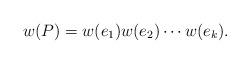
LaTeX: \begin{align*} w(P)=w(e_1)w(e_2)\cdots w(e_k). \end{align*}